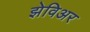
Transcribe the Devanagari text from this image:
झेविअर